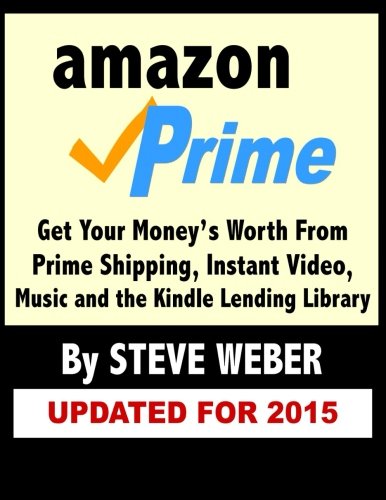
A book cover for Amazon Prime: Get Your Money's Worth from Prime Shipping, Instant Video, Music, and the Kindle Lending Library; Steve Weber; Computers & Technology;